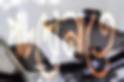
পাচদোনাতে